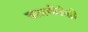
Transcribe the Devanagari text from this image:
बालगीतेही